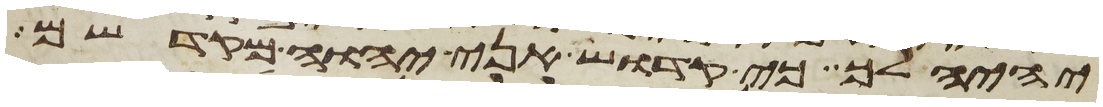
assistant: יהיה לך כי קדוש אני יהוה מקדשם